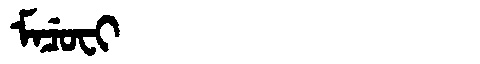
Manchu: ᠮᠠᠴᡠᠸᡳ
Romanization: MACUFI